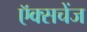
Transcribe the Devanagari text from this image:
ऍक्सचेंज